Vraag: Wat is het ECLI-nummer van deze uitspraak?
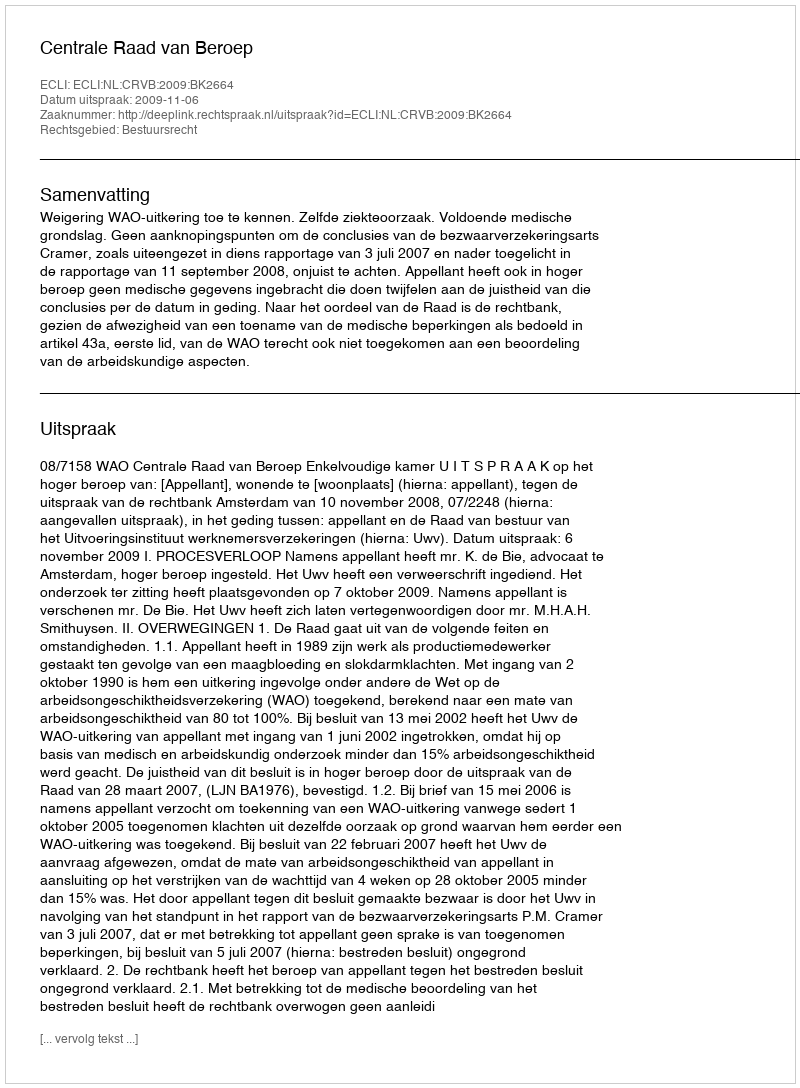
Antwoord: ECLI:NL:CRVB:2009:BK2664